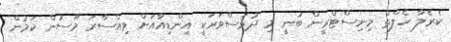
ކެރެލާ ހެލްތް މިނިސްޓްރީން ބުނީ މި ދުވަސްވަރަކީ އިންޑިއާއަށް ވިއްސާރަ މޫސުން ކަމުން